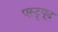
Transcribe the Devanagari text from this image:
एस्ट्र्यूड